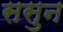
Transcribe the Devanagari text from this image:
ससुन